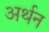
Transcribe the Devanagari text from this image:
अर्थन